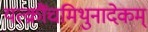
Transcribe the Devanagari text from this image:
यत्क्रौंचमिथुनादेकम्